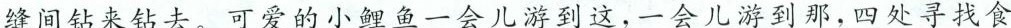
缝间钻来钻去。可爱的小鲤鱼一会儿游到这，一会儿游到那，四季寻找食